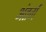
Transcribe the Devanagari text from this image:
अंतर्ग